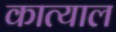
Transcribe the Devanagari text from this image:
कात्याल